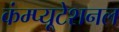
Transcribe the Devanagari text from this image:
कंम्‍प्‍यूटेशनल